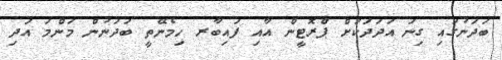
ބަދަނުގައި ގިނަ އަަދަދަކަށް ޕްރޮޓީން އާއި ފައިބާރ ހިމެނޭތީ ބަދަނުން މަންމަ އަދި